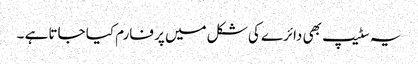
یہ سٹیپ بھی دائرے کی شکل میں پر فارم کیا جاتا ہے ۔